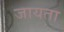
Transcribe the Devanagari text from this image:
जायता